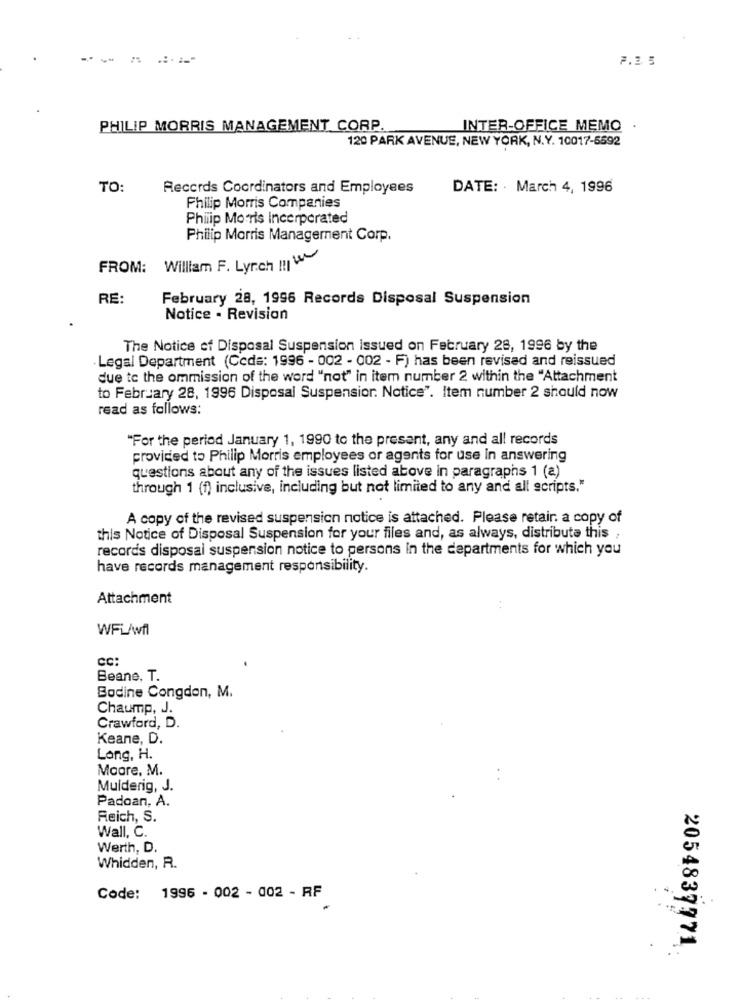
7.2 5
PHILIP MORRIS MANAGEMENT CORP.
INTER-OFFICE MEMO
120 PARK AVENUE, NEW YORK, N.Y. 10017-5592
TO:
Records Coordinators and Employees
DATE: . March 4, 1996
Philip Morris Companies
Philip Morris Incorporated
Philip Morris Management Corp.
FROM: William F. Lynch !!
RE:
February 28, 1996 Records Disposal Suspension
Notice - Revision
The Notice of Disposal Suspension issued on February 28, 1996 by the
· Legal Department (Ccds: 1996 - 002 - 002 - F) has been revised and reissued
due to the ommission of the word "not" in item number 2 within the "Attachment
to February 28, 1996 Disposal Suspensior. Notice". Item number 2 should now
read as follows:
"For the period January 1, 1990 to the present, any and all records
provided to Philip Morris employees or agents for use in answering
questions about any of the issues listed above in paragraphs 1 (a)
through 1 (f) inclusive, including but not limited to any and all scripts."
A copy of the revised suspension notice is attached. Please retair. a copy of
this Notice of Disposal Suspension for your files and, as always, distribute this ,
records disposal suspension notice to persons in the departments for which you
have records management responsibility.
Attachment
:
WFi/wfl
cc:
Beane, T.
Bodine Congdon, M.
Chaump, J.
Crawford, D.
Keane, D.
Long, H.
Maare, M.
Mulderig, J.
Padoan, A.
Reich, S.
Wall, C.
Werth, D.
Whidden, R.
Code: 1996 - 002 - 002 - RF
2054837771